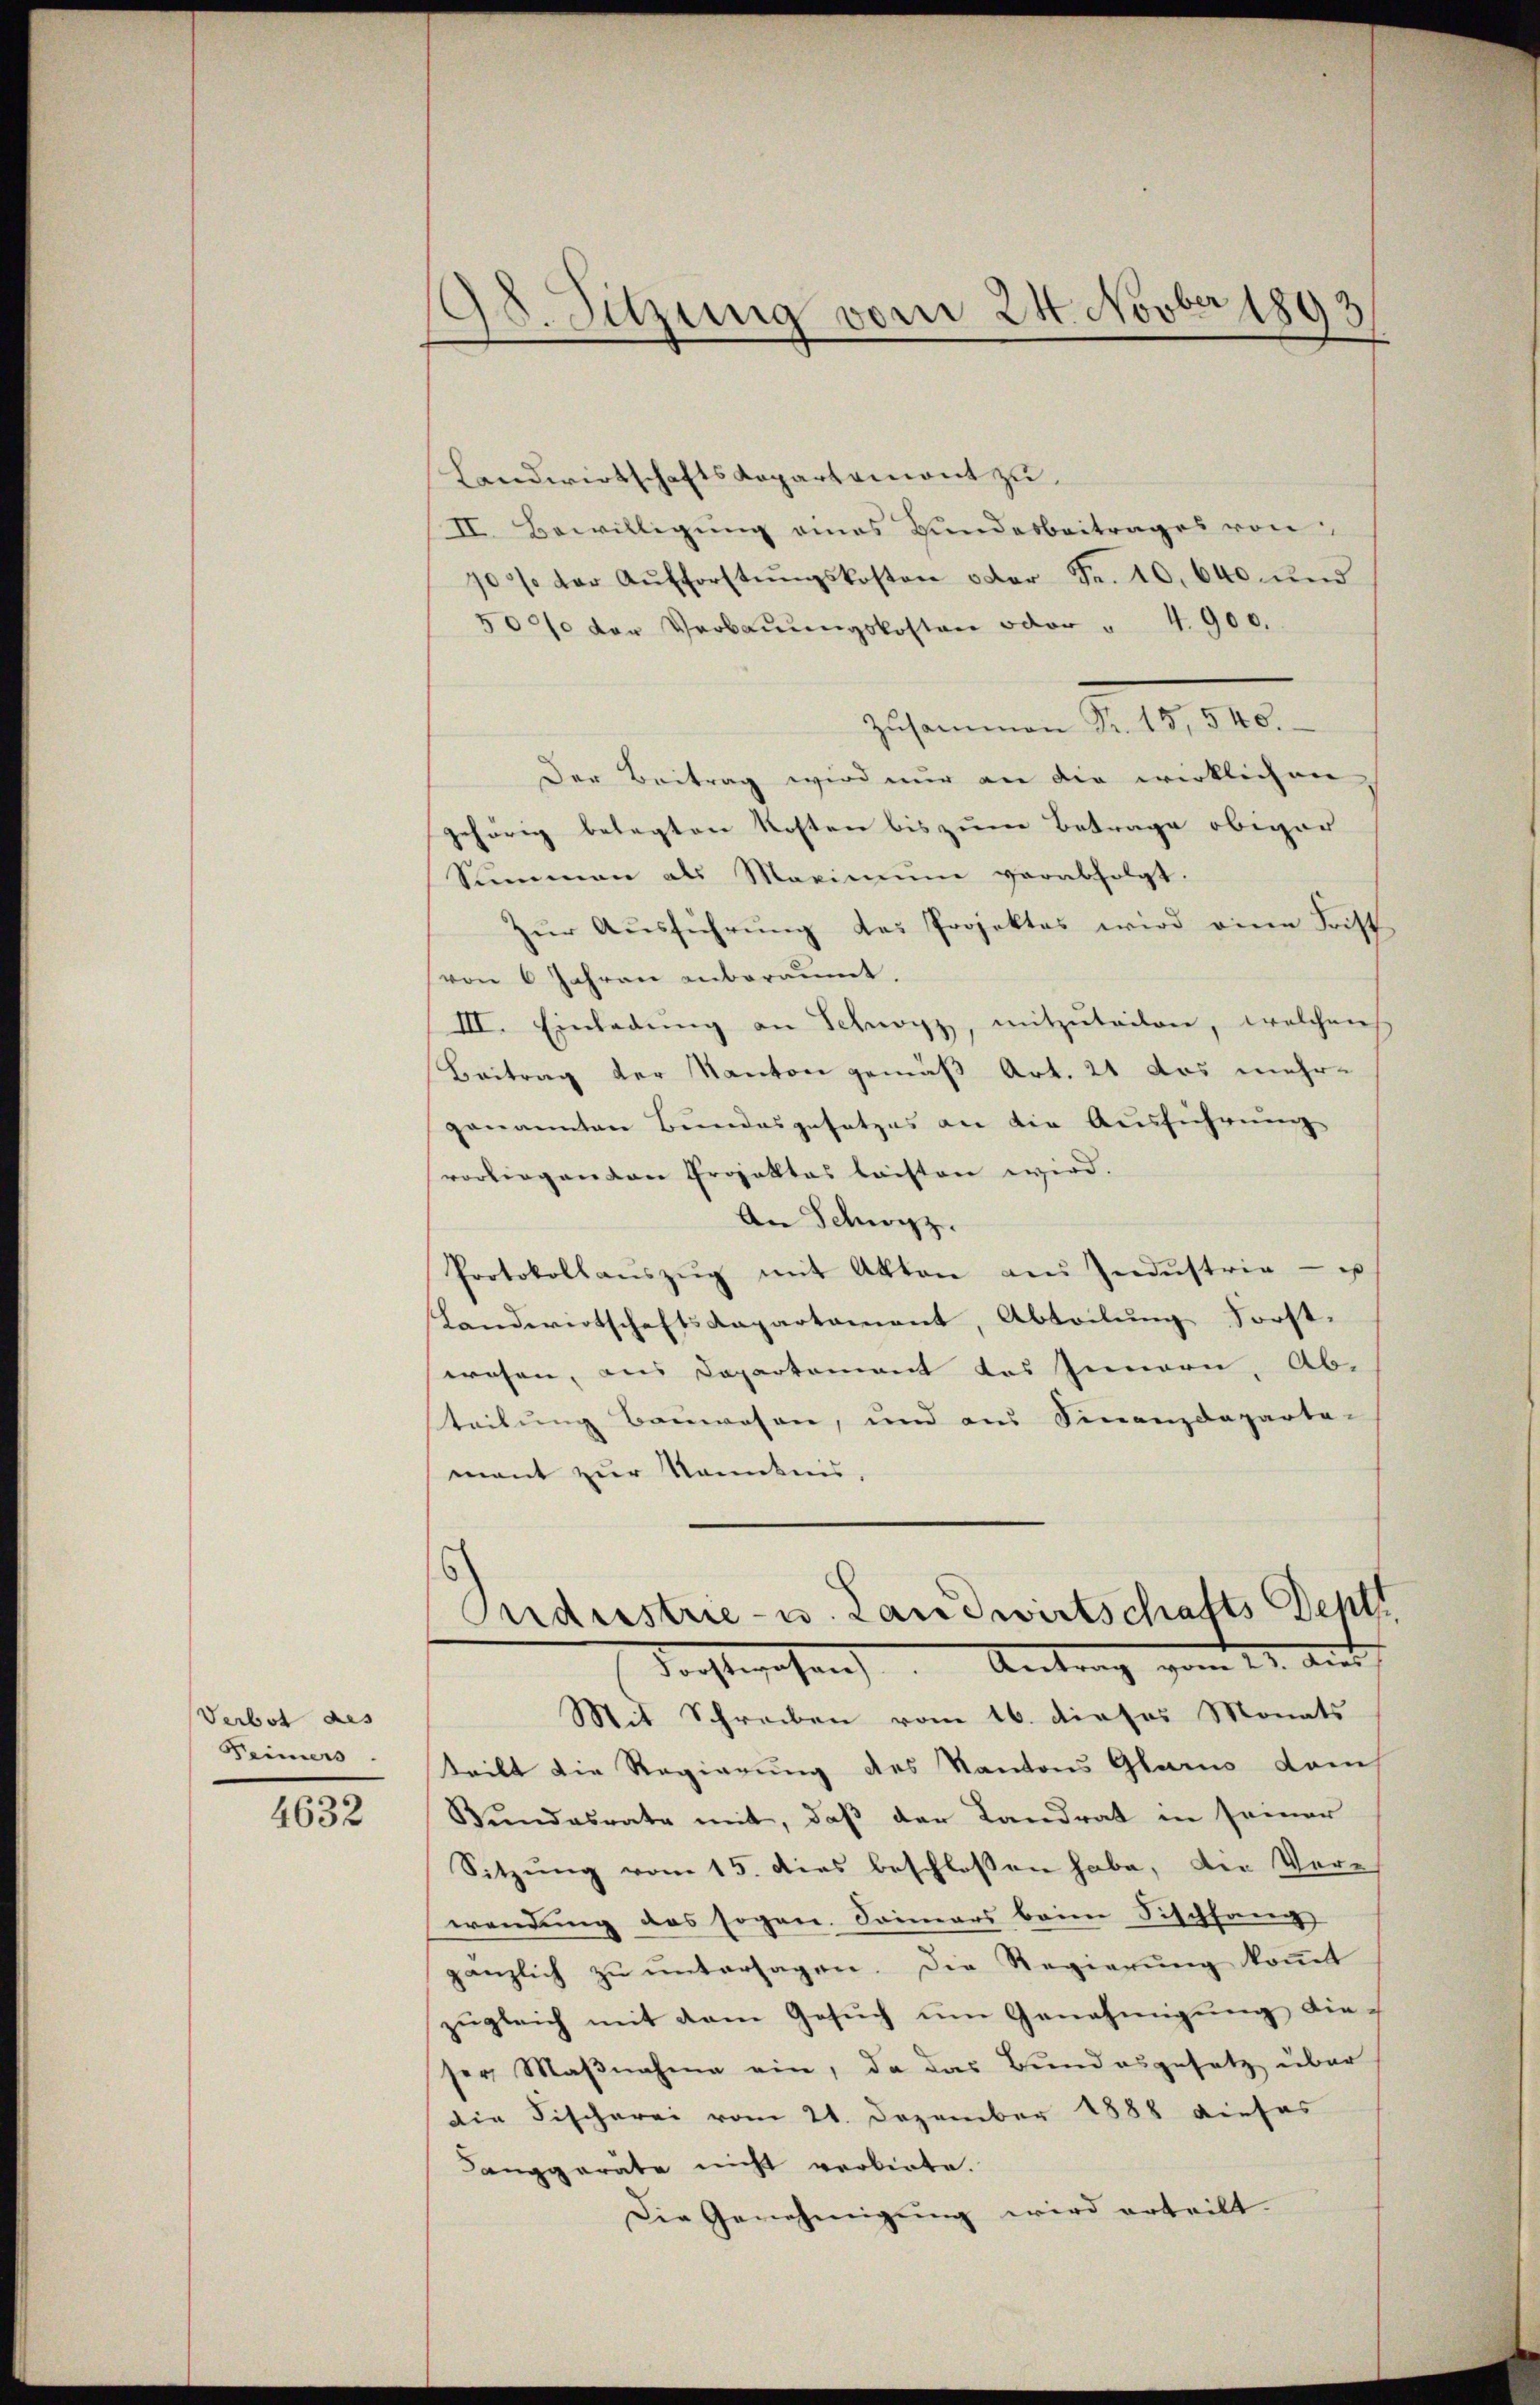
Verbot des
Keiners

4632

8. Sitzung vom 24. Novber 1893

Landwirtschaftskapartemont zu
(II. Bewilligung eines Bundesbeitrages von
70% der Aŭfforstŭngskosten der Fr. 10,640 und
5000 der Verbaŭŭngskosten oder " 4. 900.
Zusammen Fr. 15, 548.
Der Beitrag wird nur an die wirklichen
gehörig belegten Kosten bis zum Betrage obwar
Summen als Maximŭm verabfolgt.
Zŭr Aŭsführŭng das Projektes wird eine Frist
von 6 Jahren enberaumt.
III. Einladŭng an Schwarz, mitzŭteilen, welchen
Beitrag der Kanton gemäß Art. 21 das mehrgenannten Bundesgesetzes an die Ausführung
vorliegen von Projektes leisten wird.
An Schwyz.
Protokollaŭszŭg mit Akten aus Indŭstrie - u
Landwirtschaftsdepartament, Abteilung Forstwesen, aus Departement des Innern, Ab-
teilung Bauwesen, und aus Finanzdeparta-
mant zur Kenntnis,
Puderstrie- u. Landwirtschafts Deptt
Tochtwesen. Antrag genitt. Ant
Mit Schreiben vom 16. dieses Monats
teilt die Regierung des Kantons Glarus dems
Bŭndesrate mit, daβ der Landrat in seiner
Sitzung vom 15. dies beschlossen habe, die Vere
wendung des sogen. Sommers beim Fischfang
gänzlich zu untersagen. Die Regierung kommt
zugleich mit dem Gesuch um Genehmigung dieser Maβnahme ein, da das Bundesgesetz über
die Fischerei vom 21. Dezember 1888 dieses
Canggeräte nicht verbiete.
Die Genehmigŭng wird erteilt.